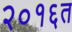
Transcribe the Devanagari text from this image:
२०१६त